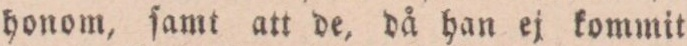
honom, ſamt att de, då han ej kommit